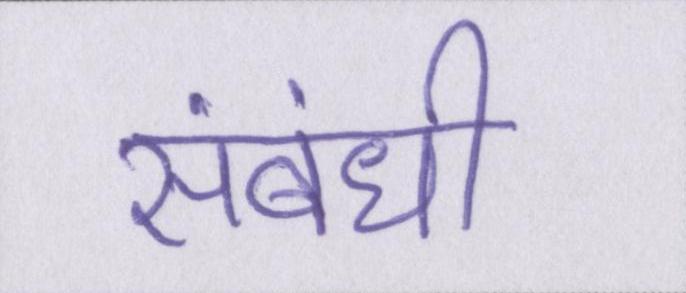
संबंधी